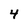
Character: 4